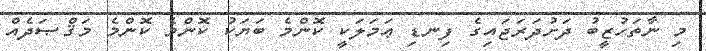
މި ނާތަހުޒީބު ދަށުދަރަޖައިގެ ފިނޑި ޢަމަލަކީ ކޮންމެ ބަޔަކު ކޮންމެ ކޮންމެ މަޤްޞަދެއް